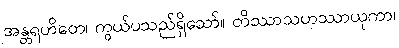
အန္တရဟိတေ၊ ကွယ်ပသည်ရှိသော်။ တိဿာသဟဿာယုကာ၊